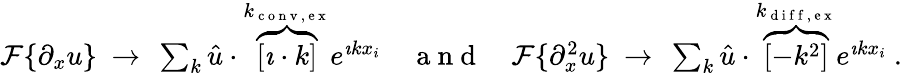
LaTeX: \begin{array}{r}{\mathcal{F}\{ \partial_{x}u\} \ \to\ \sum_{k}\hat{u}\cdot\overbrace{\left[\imath\cdot k\right]}^{k_{\mathrm{~c~o~n~v~,~e~x~}}}e^{\imath kx_{i}}\quad\mathrm{~a~n~d~}\quad\mathcal{F}\{ \partial_{x}^{2}u\} \ \to\ \sum_{k}\hat{u}\cdot\overbrace{\left[-k^{2}\right]}^{k_{\mathrm{~d~i~f~f~,~e~x~}}}e^{\imath kx_{i}}\ .}\end{array}